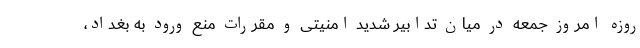
روزه امروز جمعه در میان تدابیر شدید امنیتی و مقررات منع ورود به بغداد،